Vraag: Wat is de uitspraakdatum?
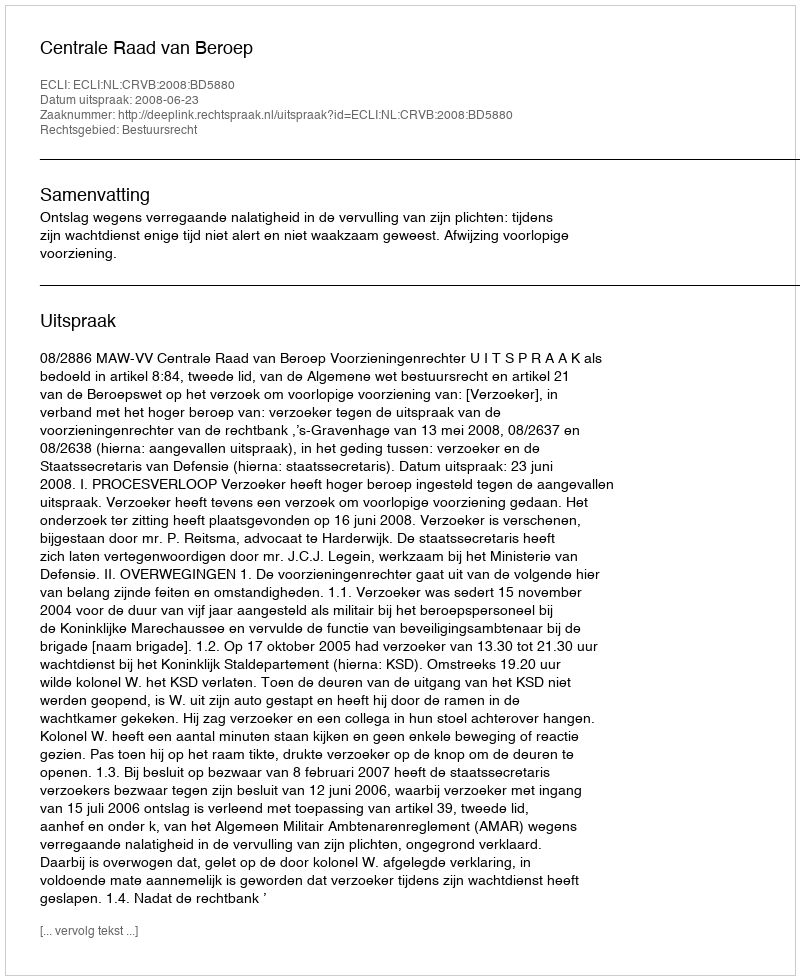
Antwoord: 2008-06-23